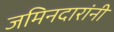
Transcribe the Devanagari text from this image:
जमिनदारांनी